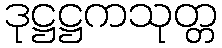
ဒုဋ္ဌဋ္ဌကသုတ္တ